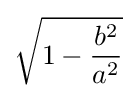
{\sqrt {1-{\frac {b^{2}}{a^{2}}}}}